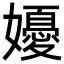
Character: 𭒩